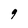
Character: 9